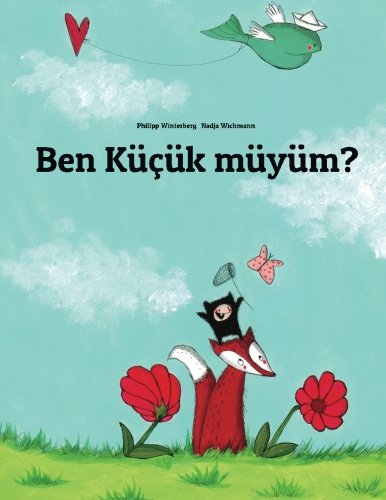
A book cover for Ben kÃ¼Ã§Ã¼k mÃ¼yÃ¼m?: Philipp Winterberg ve Nadja Wichmann tarafindan hazirlanan resimli bir Ã¶ykÃ¼ (Turkish Edition); Philipp Winterberg; Children's Books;